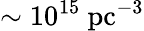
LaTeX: \sim 10^{15}~\mathrm{pc}^{-3}